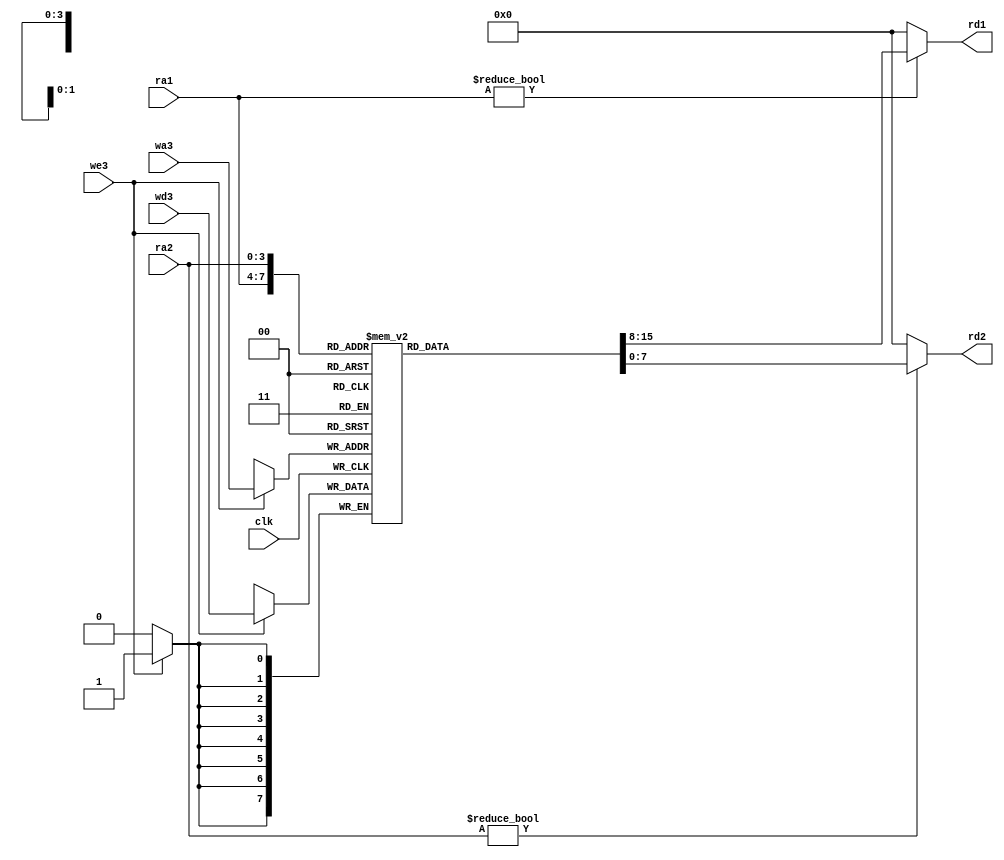
module regfile(input  wire        clk, 
               input  wire        we3,           //seal de habilitacin de escritura
               input  wire [3:0]  ra1, ra2, wa3, //direcciones de regs leidos y reg a escribir
               input  wire [7:0]  wd3, 			 //dato a escribir
               output wire [7:0]  rd1, rd2);     //datos leidos

  reg [7:0] regb[0:15]; //memoria de 16 registros de 8 bits de ancho

  // El registro 0 siempre es cero
  // se leen dos reg combinacionalmente
  // y la escritura del tercero ocurre en flanco de subida del reloj
  always @(posedge clk)
    if (we3) regb[wa3] <= wd3;	
  
  assign rd1 = (ra1 != 0) ? regb[ra1] : 8'b00000000;
  assign rd2 = (ra2 != 0) ? regb[ra2] : 8'b00000000;
endmodule